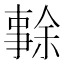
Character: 𠄜